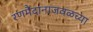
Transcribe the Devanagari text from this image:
रणमैदानाजवळच्या